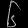
Digit: ၆